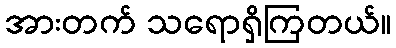
အားတက် သရောရှိကြတယ်။